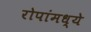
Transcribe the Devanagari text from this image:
रोपांमध्ये